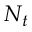
N _ { t }